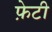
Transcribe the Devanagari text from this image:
फ़ेटी